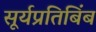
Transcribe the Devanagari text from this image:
सूर्यप्रतिबिंब